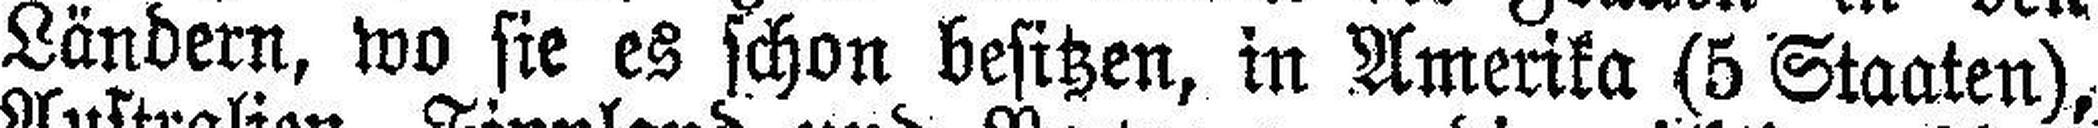
Ländern, wo sie es schon besitzen, in Amerika (5 Staaten),